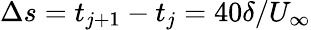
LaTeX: \Delta s=t_{j+1}-t_{j}=40\delta/U_{\infty}